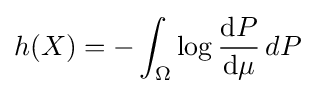
h(X)=-\int _{\Omega }\log {\frac {\mathrm {d} P}{\mathrm {d} \mu }}\,dP